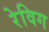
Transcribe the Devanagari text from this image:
रेविग